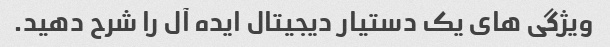
ویژگی های یک دستیار دیجیتال ایده آل را شرح دهید.